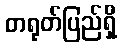
တရုတ်ပြည်ရှိ